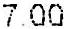
7.00